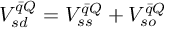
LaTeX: V _ { s d } ^ { \bar { q } Q } = V _ { s s } ^ { \bar { q } Q } + V _ { s o } ^ { \bar { q } Q }